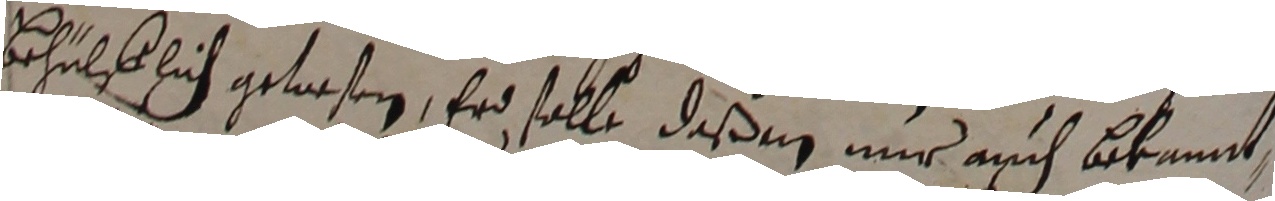
behelblich gelasen, er solle daß en mur auch bekannt,